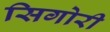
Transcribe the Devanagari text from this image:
सिगोरी